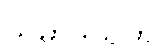
သမာဒိယတိ